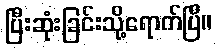
ပြီးဆုံးခြင်းသို့ရောက်ပြီ။